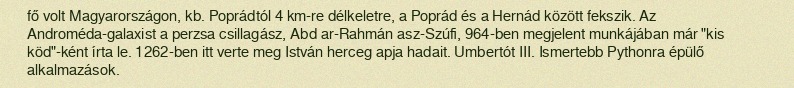
fő volt Magyarországon, kb. Poprádtól 4 km-re délkeletre, a Poprád és a Hernád között fekszik. Az Androméda-galaxist a perzsa csillagász, Abd ar-Rahmán asz-Szúfi, 964-ben megjelent munkájában már "kis köd"-ként írta le. 1262-ben itt verte meg István herceg apja hadait. Umbertót III. Ismertebb Pythonra épülő alkalmazások.